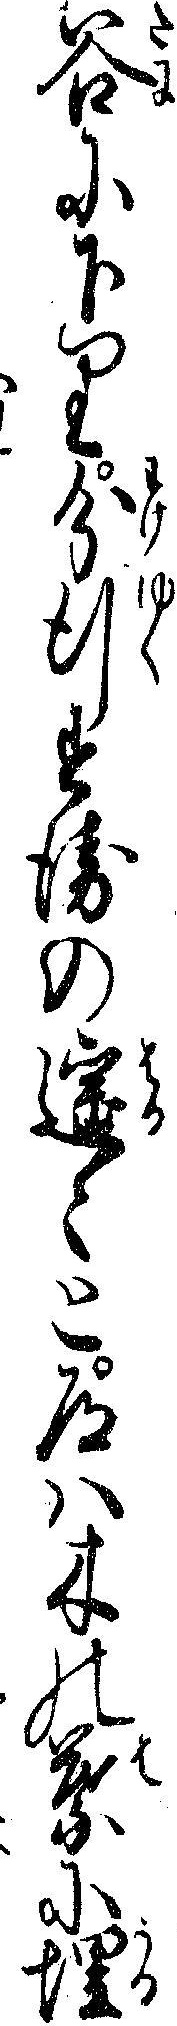
谷に下り分行すえの遥々と道ハ木の葉に埋